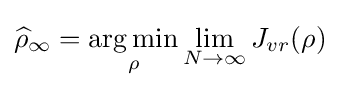
{\widehat {\rho }}_{\infty }={\underset {\rho }{\operatorname {arg\,min} }}\lim _{N\to \infty }J_{vr}(\rho )